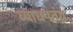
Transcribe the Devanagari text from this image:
व्याधपतंग